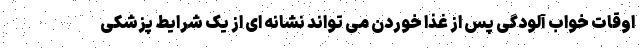
اوقات خواب آلودگی پس از غذا خوردن می تواند نشانه ای از یک شرایط پزشکی